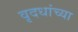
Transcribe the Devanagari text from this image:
वृदधांच्या